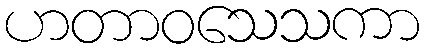
ဟတာဝသေသကာ